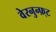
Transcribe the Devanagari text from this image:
वेरनुन्फ़्ट